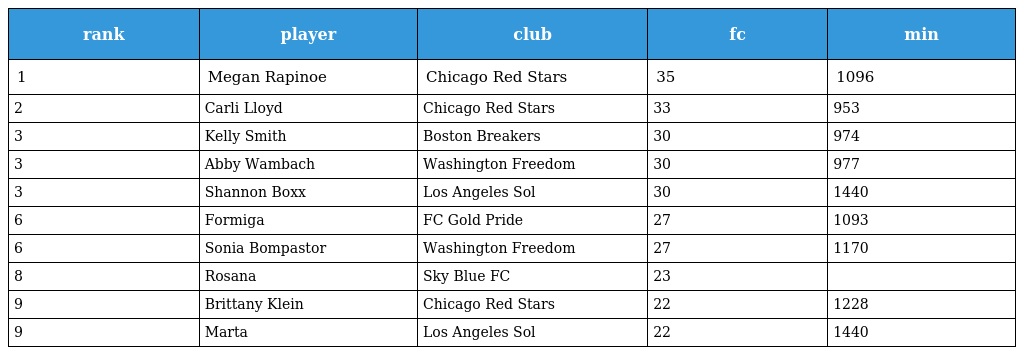
| rank | player | club | fc | min |
 | --- | --- | --- | --- | --- |
 | 1 | Megan Rapinoe | Chicago Red Stars | 35 | 1096 |
 | 2 | Carli Lloyd | Chicago Red Stars | 33 | 953 |
 | 3 | Kelly Smith | Boston Breakers | 30 | 974 |
 | 3 | Abby Wambach | Washington Freedom | 30 | 977 |
 | 3 | Shannon Boxx | Los Angeles Sol | 30 | 1440 |
 | 6 | Formiga | FC Gold Pride | 27 | 1093 |
 | 6 | Sonia Bompastor | Washington Freedom | 27 | 1170 |
 | 8 | Rosana | Sky Blue FC | 23 |  |
 | 9 | Brittany Klein | Chicago Red Stars | 22 | 1228 |
 | 9 | Marta | Los Angeles Sol | 22 | 1440 |